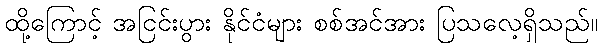
ထို့ကြောင့် အငြင်းပွား နိုင်ငံများ စစ်အင်အား ပြသလေ့ရှိသည်။